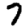
Digit: 7